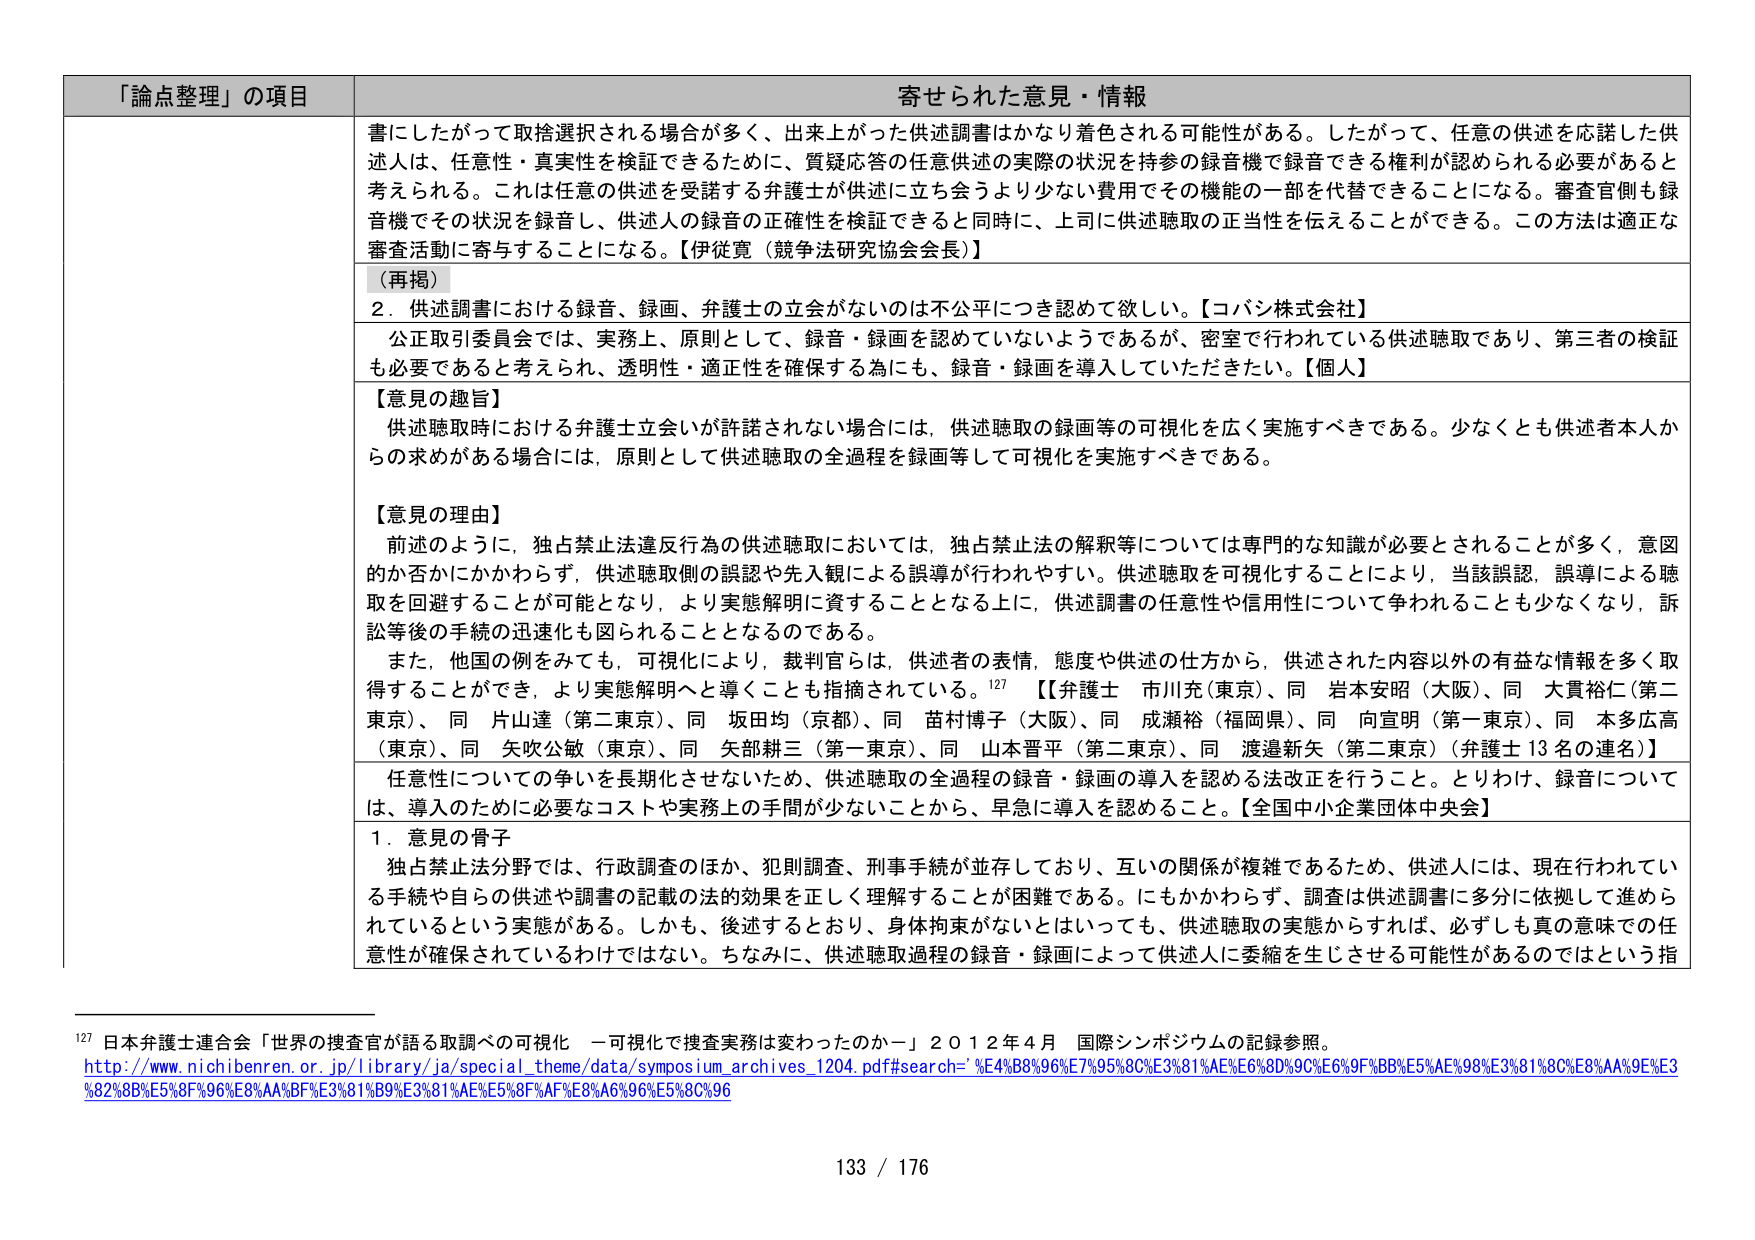
「論点整理」の項目 寄せられた意見・情報
書にしたがって取捨選択される場合が多く、出来上がった供述調書はかなり着色される可能性がある。したがって、任意の供述を応諾した供述人は、任意性・真実性を検証できるために、質疑応答の任意供述の実際の状況を持参の録音機で録音できる権利が認められる必要があると考えられる。これは任意の供述を受諾する弁護士が供述に立ち会うより少ない費用でその機能の一部を代替できることになる。審査官側も録音機でその状況を録音し、供述人の録音の正確性を検証できると同時に、上司に供述聴取の正当性を伝えることができる。この方法は適正な審査活動に寄与することになる。【伊従寛（競争法研究協会会長）】
（再掲）
2．供述調書における録音、録画、弁護士の立会がないのは不公平につき認めて欲しい。【コバン株式会社】
公正取引委員会では、実務上、原則として、録音・録画を認めていないようであるが、密室で行われている供述聴取であり、第三者の検証も必要であると考えられ、透明性・適正性を確保する為にも、録音・録画を導入していただきたい。【個人】
【意見の趣旨】
供述聴取時における弁護士立会いが許諾されない場合には、供述聴取の録画等の可視化を広く実施すべきである。少なくとも供述者本人からの求めがある場合には、原則として供述聴取の全過程を録画等して可視化を実施すべきである。
【意見の理由】
前述のように、独占禁止法違反行為の供述聴取においては、独占禁止法の解釈等については専門的な知識が必要とされることが多く、意図的か否かにかかわらず、供述聴取側の誤認や先入観による誤導が行われやすい。供述聴取を可視化することにより、当該誤認、誤導による聴取を回避することが可能となり、より実態解明に資することとなる上に、供述調書の任意性や信用性について争われることも少なくなり、訴訟等後の手続の迅速化も図られることとなるのである。
また、他国の例をみても、可視化により、裁判官らは、供述者の表情、態度や供述の仕方から、供述された内容以外の有益な情報を多く取得することができ、より実態解明へと導くことも指摘されている。127 【【弁護士 市川充（東京）、同 岩本安昭（大阪）、同 大貫裕仁（第二東京）、同 片山達（第二東京）、同 坂田均（京都）、同 苗村博子（大阪）、同 成瀬裕（福岡県）、同 向宣明（第一東京）、同 本多広高（東京）、同 矢吹公敏（東京）、同 矢部耕三（第一東京）、同 山本晋平（第二東京）、同 渡邊新矢（第二東京）（弁護士13名の連名）】
任意性についての争いを長期化させないため、供述聴取の全過程の録音・録画の導入を認める法改正を行うこと。とりわけ、録音については、導入のために必要なコストや実務上の手間が少ないことから、早急に導入を認めること。【全国中小企業団体中央会】
1．意見の骨子
独占禁止法分野では、行政調査のほか、犯則調査、刑事手続が並存しており、互いの関係が複雑であるため、供述人には、現在行われている手続や自らの供述や調書の記載の法的効果を正しく理解することが困難である。にもかかわらず、調査は供述調書に多分に依拠して進められているという実態がある。しかも、後述するとおり、身体拘束がないとはいっても、供述聴取の実態からすれば、必ずしも真の意味での任意性が確保されているわけではない。ちなみに、供述聴取過程の録音・録画によって供述人に委縮を生じさせる可能性があるのではという指
127 日本弁護士連合会「世界の捜査官が語る取調べの可視化 —可視化で捜査実務は変わったのか—」2012年4月 国際シンポジウムの記録参照。
http://www.nichibenren.or.jp/library/ja/special_theme/data/symposium_archives_1204.pdf#search='%E4%B8%96%E7%95%8C%E3%81%AE%E6%8D%9C%E6%9F%BB%E5%AE%98%E3%81%8C%E8%AA%9E%E3%82%8B%E5%8F%96%E8%AA%BF%E3%81%B9%E3%81%AE%E5%8F%AF%E8%A6%96%E5%80%96
133 / 176